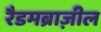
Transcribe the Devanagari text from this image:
रैडमब्राज़ील